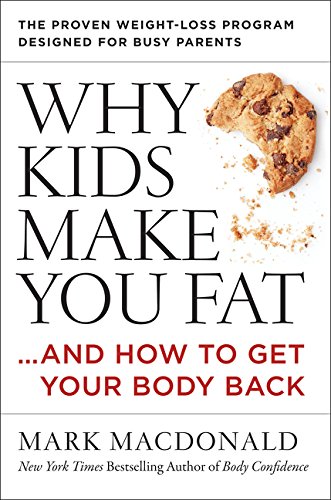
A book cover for Why Kids Make You Fat: ...and How to Get Your Body Back; Mark Macdonald; Health, Fitness & Dieting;